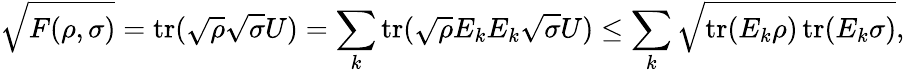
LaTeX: {\sqrt{F(\rho,\sigma)}}=\operatorname{tr}({\sqrt{\rho}}{\sqrt{\sigma}}U)=\sum_{k}\operatorname{tr}({\sqrt{\rho}}E_{k}E_{k}{\sqrt{\sigma}}U)\leq\sum_{k}{\sqrt{\operatorname{tr}(E_{k}\rho)\operatorname{tr}(E_{k}\sigma)}},